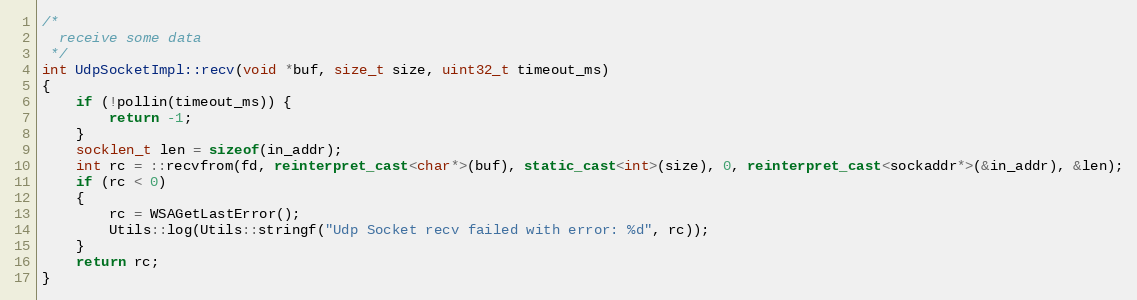
Language: C++
/*
  receive some data
 */
int UdpSocketImpl::recv(void *buf, size_t size, uint32_t timeout_ms)
{
    if (!pollin(timeout_ms)) {
        return -1;
    }
    socklen_t len = sizeof(in_addr);
    int rc = ::recvfrom(fd, reinterpret_cast<char*>(buf), static_cast<int>(size), 0, reinterpret_cast<sockaddr*>(&in_addr), &len);
    if (rc < 0)
    {
        rc = WSAGetLastError();
        Utils::log(Utils::stringf("Udp Socket recv failed with error: %d", rc));
    }
    return rc;
}